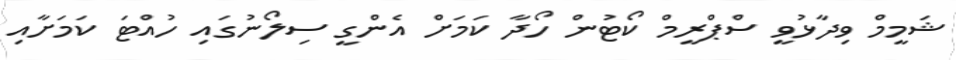
ޝަމީމް ވިދާޅުވީ ސްޕްރީމް ކޯޓުން ހޯދާ ކަމަށް އެންގީ ސިލޯނުގައި ހުއްޓަ ކަމަށާއި